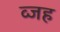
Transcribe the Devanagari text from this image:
व्जह